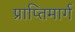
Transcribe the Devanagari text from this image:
प्राप्तिमार्ग